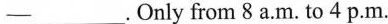
—___.Only from 8 a.M.To 4 p.M.